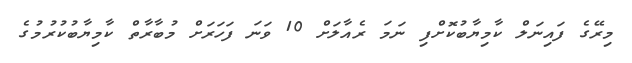
މިރޭގެ ފައިނަލް ކާމިޔާބުކޮށްފި ނަމަ ރެއާލަށް 10 ވަނަ ފަހަރަށް މުބާރާތް ކާމިޔާބުކުރުމުގެ